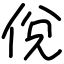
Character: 侻